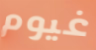
غيوم